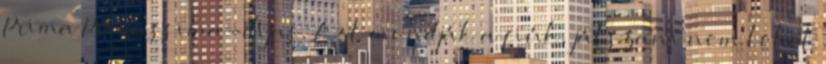
Prima Primissima-díjas. Azt mondják a fiúk, játszani nem lehet